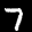
Label: 7